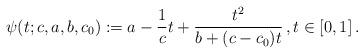
LaTeX: \begin{align*}\psi(t;c,a,b,c_0):=a- \frac{1}{c}t+\frac{t^2}{b+(c-c_0)t}\, ,t \in [0,1]\, .\end{align*}